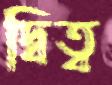
দ্বিত্ব